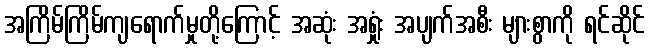
အကြိမ်ကြိမ်ကျရောက်မှုတို့ကြောင့် အဆုံး အရှုံး အပျက်အစီး များစွာကို ရင်ဆိုင်